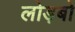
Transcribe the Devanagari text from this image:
लोड़बो